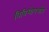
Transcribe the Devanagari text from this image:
विविधोपचारैः